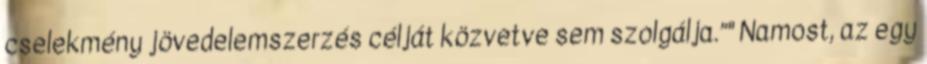
cselekmény jövedelemszerzés célját közvetve sem szolgálja.”" Namost, az egy